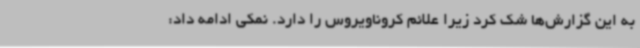
به این گزارش‌ها شک کرد زیرا علائم کروناویروس را دارد. نمکی ادامه داد: